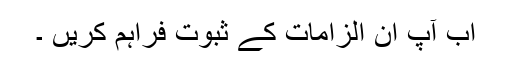
اب آپ ان الزامات کے ثبوت فراہم کریں ۔